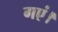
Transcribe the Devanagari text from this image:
गएं।